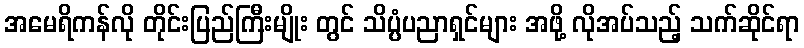
အမေရိကန်လို တိုင်းပြည်ကြီးမျိုး တွင် သိပ္ပံပညာရှင်များ အဖို့ လိုအပ်သည့် သက်ဆိုင်ရာ